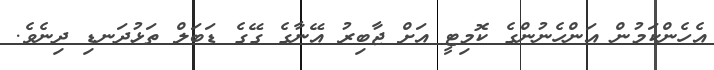
އެހެންކަމުން އަންހެނުންގެ ކޮމިޓީ އަށް ޖާބިރު އޭނާގެ ގޭގެ ޑަބަލް ތަޅުދަނޑި ދިނެވެ.